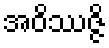
အဝိဿဇ္ဇိ